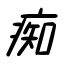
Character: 痴